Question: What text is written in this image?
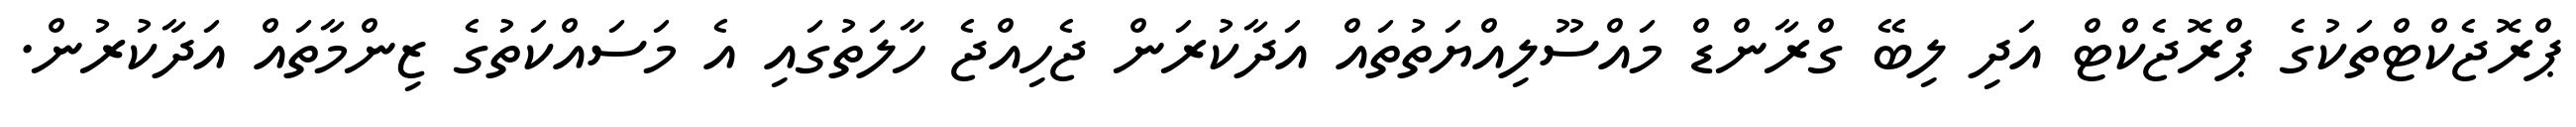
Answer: ޕްރޮޖެކްޓްތަކުގެ ޕްރޮޖެކްޓް އަދި ލިބޭ ގްރާންޑް މައްސޫލިއްޔަތުތައް އަދާކުރަން ޖެހިއްޖެ ހާލަތުގައި އެ މަސައްކަތުގެ ޒިންމާތައް އަދާކުރުން.